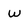
Character: w